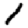
Digit: 1